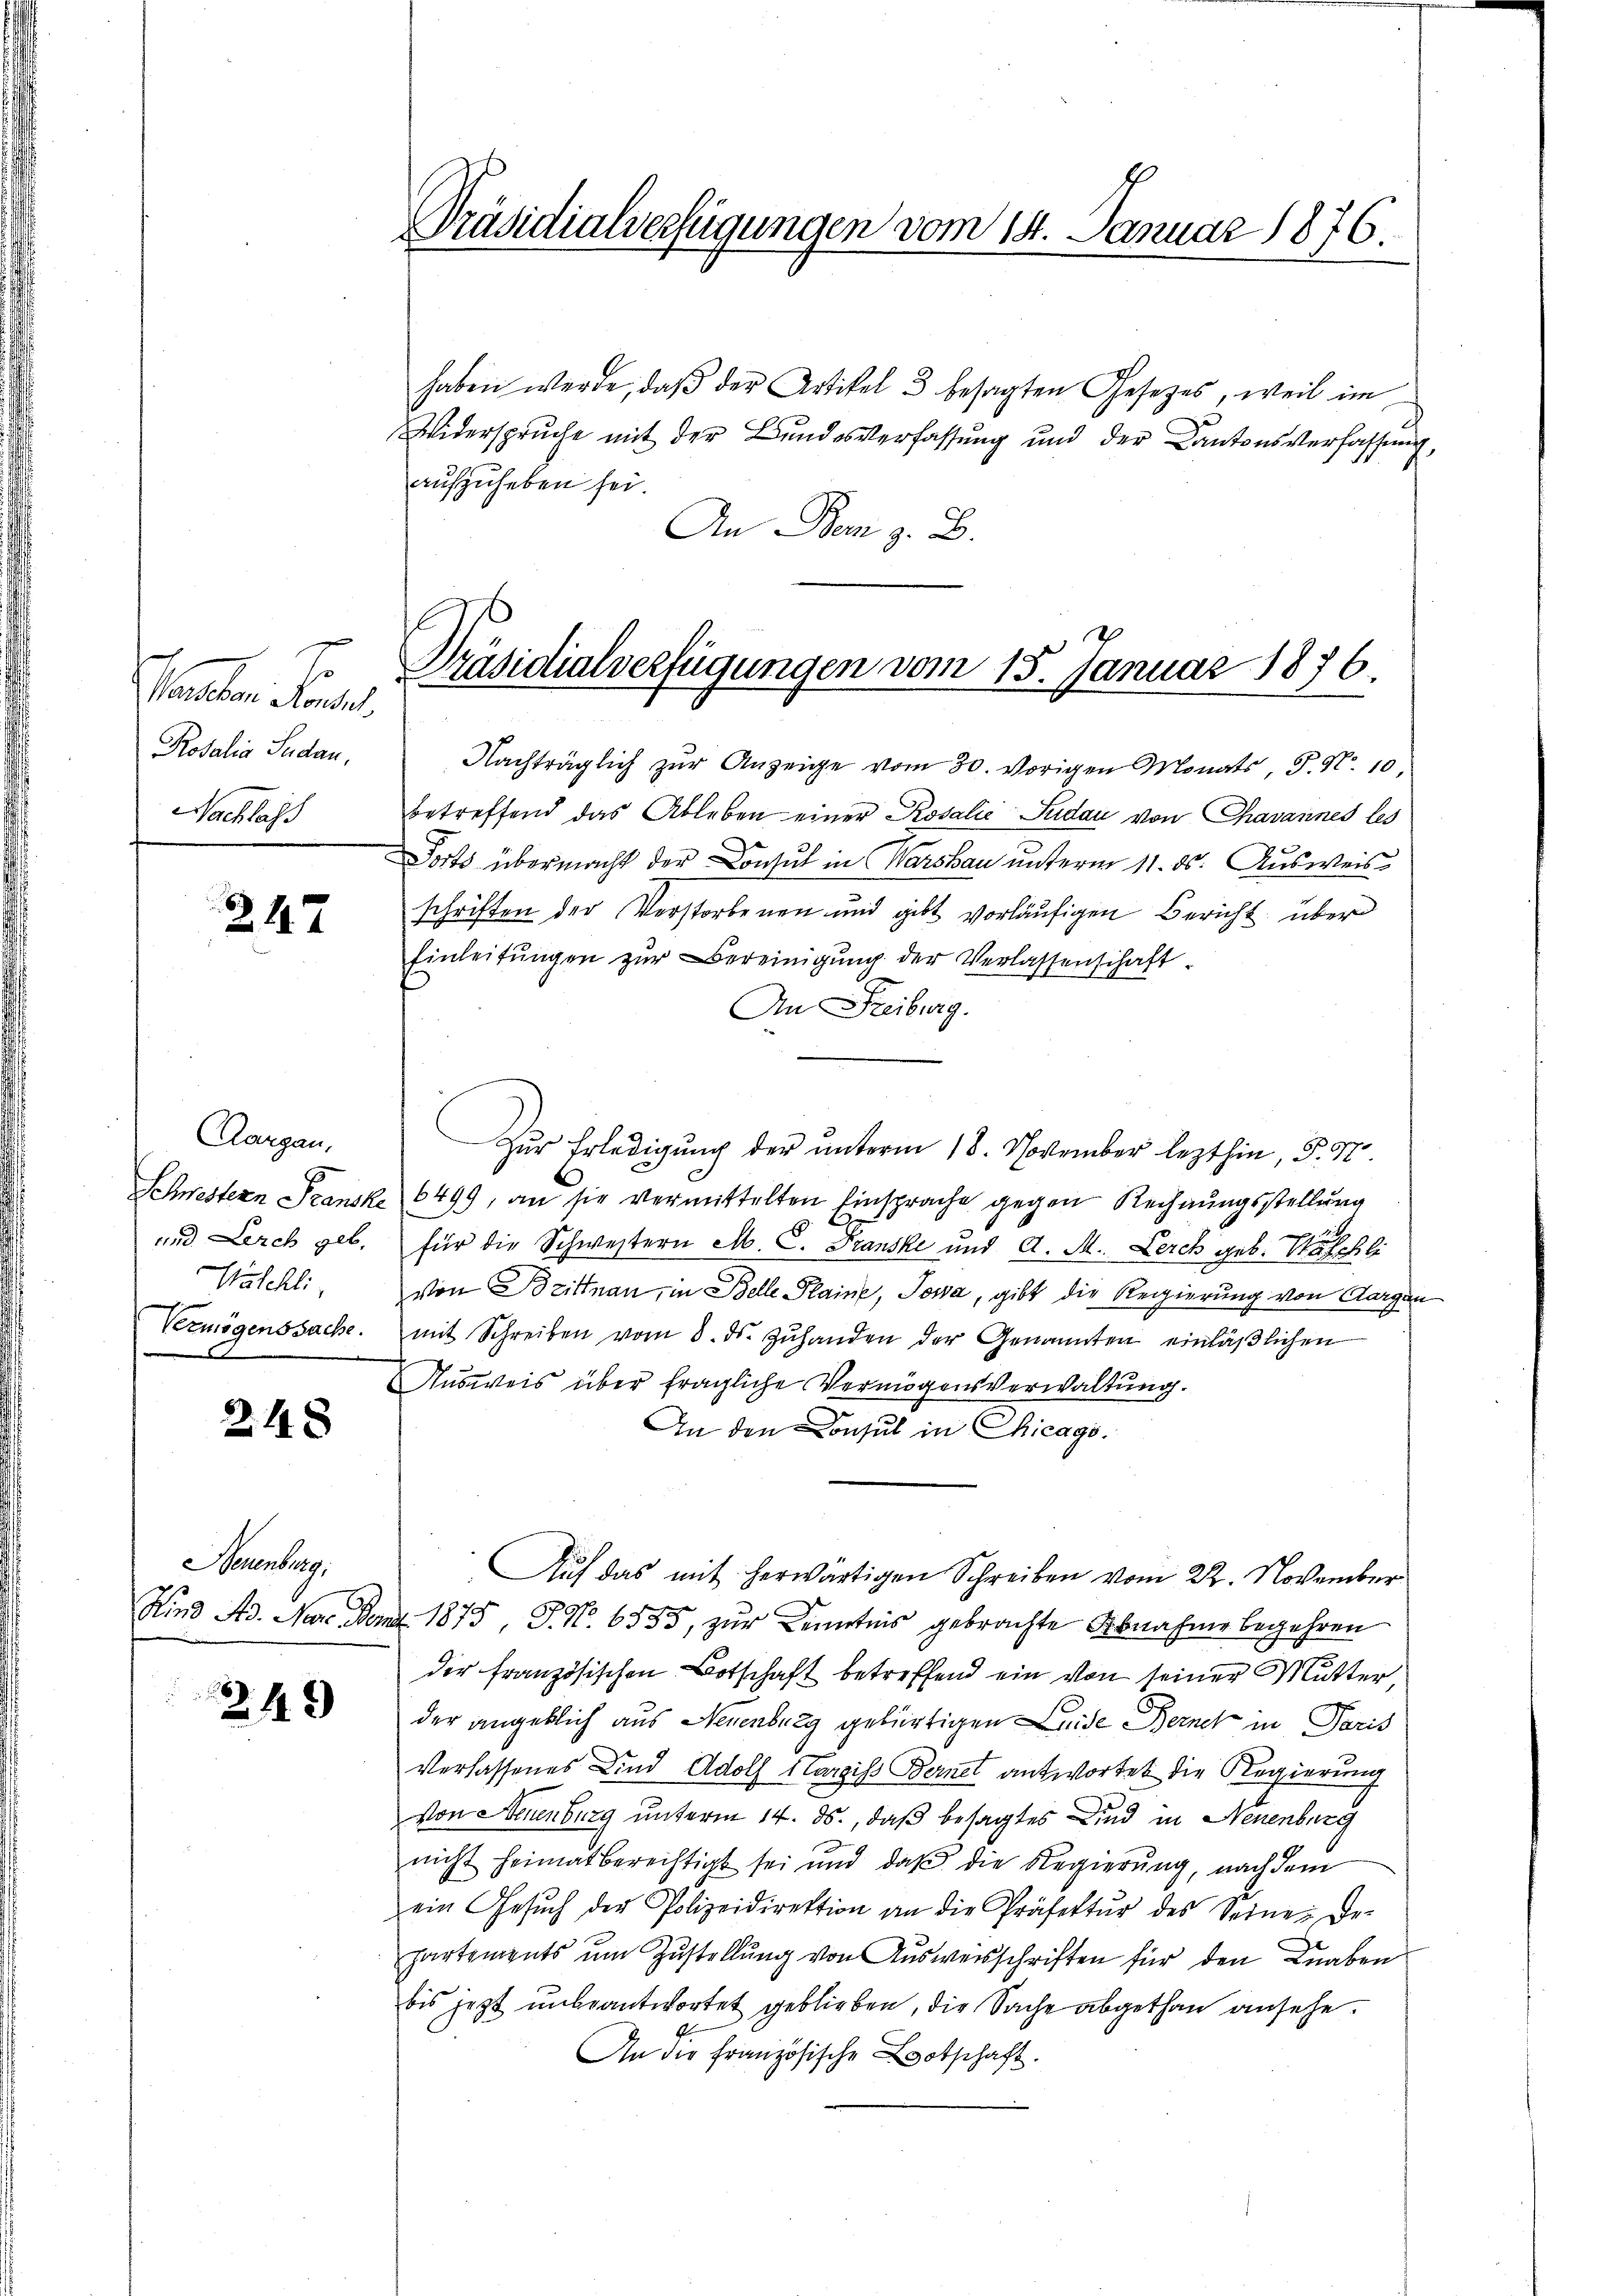
.
Manchen Konsul
Rosalia Sudau,
Nachlass

247

Aargau,
Muschli

248

Seuenburg.

249

Präsidialverfügungen vom 14. Januar 1876.

haben werde, daβ der Artikel 3 besagten Gesetzes, weil im
Widersprŭche mit der Bŭndesverfassŭng und der Kantonsverfassŭng,
aufzuheben sei.
An Dem z. B.
7

Präsidialverfügungen vom 15. Januar 1876.

Nachträglich zŭr Anzeige vom 30. vorigen Monats, F. N. 10,
betreffend das Ableben einer Rosalić Sudau von Chavannes les
Forts übermacht der Consul in Warskau unterm 11. ds. Ausweis
schriften der Verstorbenen und gibt vorläufigen Bericht über
Einleitŭngen zŭr Bereinigŭng der Verlassenschaft-
An Freiburg.
Schwestern Transke 6499, an sie vermittelten Einsprache gegen Rechnungsstellung
a
und Lerch geb. für die Schwestern M. C. Franski und A. M. Lerch geb. Nachli
von Brittnau, in Belle Plaine, Josa, gibt die Regierung von Aargau
Vermögenssache. mit Schreiben vom 8. ds. Zŭhanden der Genannten einläβlichen
Ausweis über fragliche Vermögensverwaltung.
An den Consul in Chicago
Auf das mit herwärtigen Schreiben vom 22. November
Kind Ad. Nur Denz. 1875, S. Nr. 6555, zur Kenntnis gebrachte Abnahme begehren
der französischen Botschaft betreffend ein von seiner Mutter,
der angeblich aus Neuenburg gebürtigen Leide Bernet in Paris
Verlassenes Kind Adolf Hargiss Bernel antwortet die Regierung
von Neuenburg unterm 14. ds., daß besagtes sind in Neuenburg
nicht heimat berechtigt sei und daß die Regierung, nach dem
ein Gesŭch der Polizeidirektion an die Präfektŭr des Seinen De-
partements ŭm Zŭstellŭng von Aŭsweisschriften für den Knaben
bis jetzt unbeantwortet geblieben, die Sache abgethan ansehe.
An die Französische Botschaft.

Zŭr Erledigŭng der ŭnterm 18. November lezthin, P. Nr.